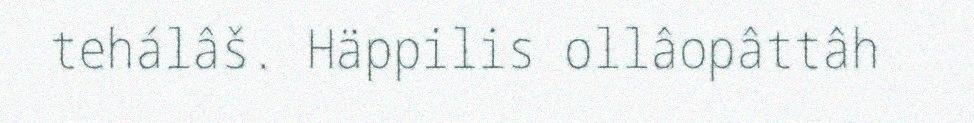
tehálâš. Häppilis ollâopâttâh